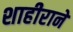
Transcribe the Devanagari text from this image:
शाहीराने